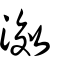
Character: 滧